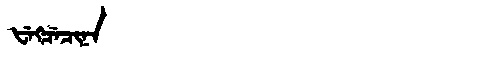
Manchu: ᡶᡝᡴᠴᡝᠴᡳᠨᠠ
Romanization: FEKCECINA